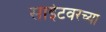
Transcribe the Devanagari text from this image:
साईटवरच्या